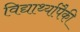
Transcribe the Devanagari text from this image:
विद्यार्थ्यापैकी